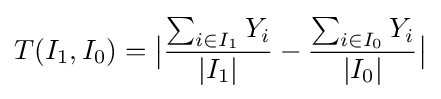
T(I_{1},I_{0})={\big |}{\frac {\sum _{i\in I_{1}}Y_{i}}{|I_{1}|}}-{\frac {\sum _{i\in I_{0}}Y_{i}}{|I_{0}|}}{\big |}